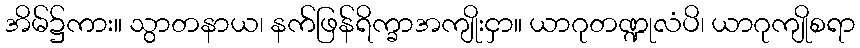
အိမ်၌ကား။ သွာတနာယ၊ နက်ဖြန်ရိက္ခာအကျိုးငှာ။ ယာဂုတဏ္ဍုလံပိ၊ ယာဂုကျိုစရာ